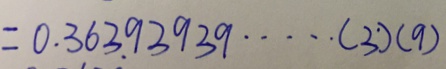
= 0 . 3 6 3 9 3 9 3 9 \cdots ( 3 ) ( 9 )